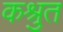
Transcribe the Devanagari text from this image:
कश्रुत